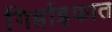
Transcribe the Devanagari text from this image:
गिर्हाइकात